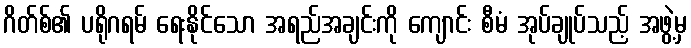
ဂိတ်စ်၏ ပရိုဂရမ် ရေးနိုင်သော အရည်အချင်းကို ကျောင်း စီမံ အုပ်ချုပ်သည့် အဖွဲ့မှ